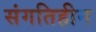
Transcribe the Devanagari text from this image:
संगतिहीन